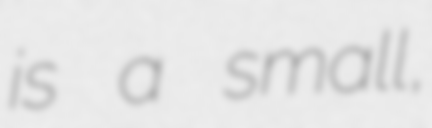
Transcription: is a small,